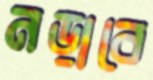
নড়াবে